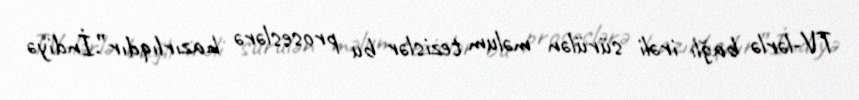
TV-lərlə bağlı irəli sürülən məlum tezislər bu proseslərə hazırlıqdır”.İndiyə